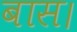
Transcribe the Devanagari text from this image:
बास।